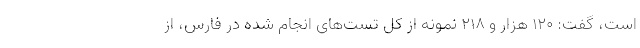
است، گفت: ۱۲۰ هزار و ۲۱۸ نمونه از کل تست‌های انجام شده در فارس، از